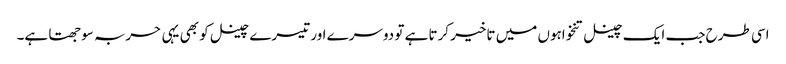
اسی طرح جب ایک چینل تنخواہوں میں تاخیر کرتا ہے تو دوسرے اور تیسرے چینل کو بھی یہی حربہ سوجھتا ہے۔